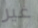
غير